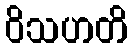
ဝိသဟတိ